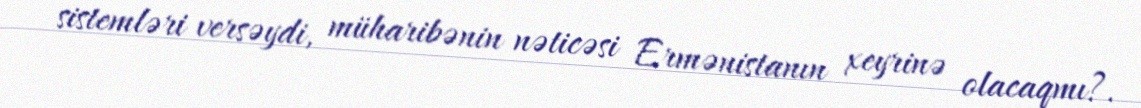
sistemləri versəydi, müharibənin nəticəsi Ermənistanın xeyrinə olacaqmı?.